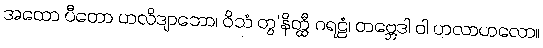
အထော ပီတော ဟလိဒျာဘော၊ ဝိသံ တွ’နိတ္ထီ ဂရဠံ၊ တဗ္ဘေဒါ ဝါ ဟလာဟလော။